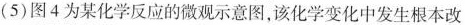
( 5 ) 图 4 为某化学反应的微观示意图，该化学变化中发生根本改